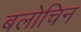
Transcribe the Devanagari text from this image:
बलोचिन